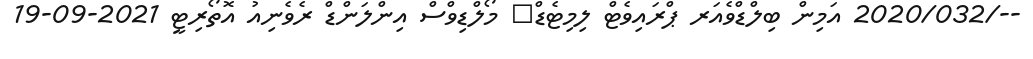
--/2020/032 އަމިން ބިލްޑްވެއަރ ޕްރައިވެޓް ލިމިޓެޑް	 މޯލްޑިވްސް އިންލަންޑް ރެވެނިއު އޮތޯރިޓީ 2021-09-19